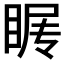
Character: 𰥩